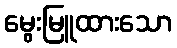
မွေးမြူထားသော